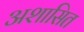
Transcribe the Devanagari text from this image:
अशासित